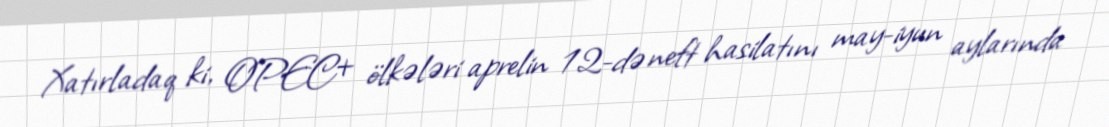
Xatırladaq ki, OPEC+ ölkələri aprelin 12-də neft hasilatını may-iyun aylarında